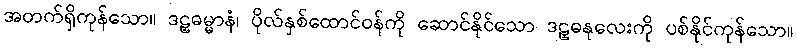
အတက်ရှိကုန်သော။ ဒဠှဓမ္မာနံ၊ ပိုလ်နှစ်ထောင်ဝန်ကို ဆောင်နိုင်သော ဒဠှဓနုလေးကို ပစ်နိုင်ကုန်သော။